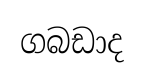
ගබඩාද